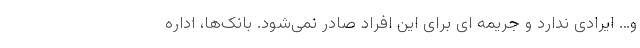
و… ایرادی ندارد و جریمه ای برای این افراد صادر نمی‌شود. بانک‌ها، اداره